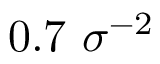
0 . 7 ~ \sigma ^ { - 2 }